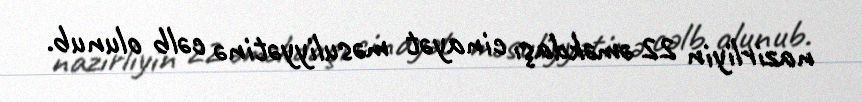
nazirliyin 22 əməkdaşı cinayət məsuliyyətinə cəlb olunub.